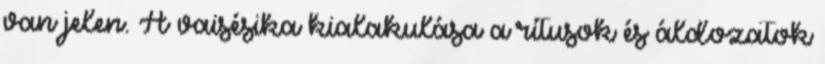
van jelen. A vaisésika kialakulása a rítusok és áldozatok